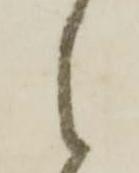
之